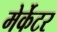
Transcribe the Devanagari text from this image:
मेर्केटर